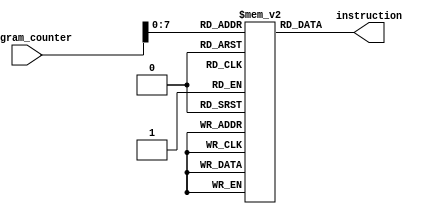
module instruction_memory_block(instruction, program_counter);

	input [31:0] program_counter;
	output reg [31:0] instruction;
	
	reg [31:0] instructions [255:0];

	always @ (program_counter) begin
		instruction = instructions[program_counter];
	end

endmodule